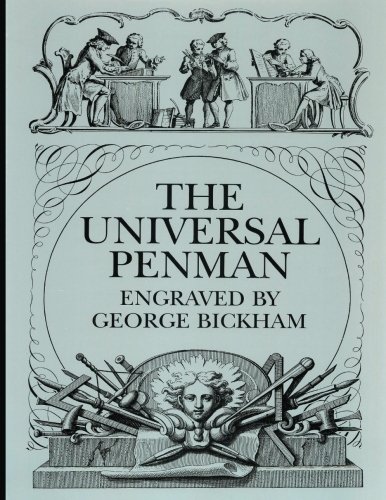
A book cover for The Universal Penman; George Bickham; Arts & Photography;